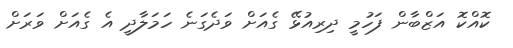
ކޮއްކޮ އަޒްބާން ފަހުމީ ދިރިއުޅޭ ގެއަށް ވަދެގަނެ ހަމަލާދީ އެ ގެއަށް ވަރަށް